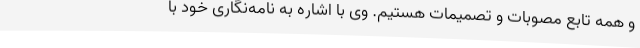
و همه تابع مصوبات و تصمیمات هستیم. وی با اشاره به نامه‌نگاری خود با